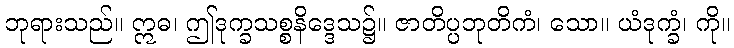
ဘုရားသည်။ ဣဓ၊ ဤဒုက္ခသစ္စနိဒ္ဒေသ၌။ ဇာတိပ္ပဘုတိကံ၊ သော။ ယံဒုက္ခံ၊ ကို။